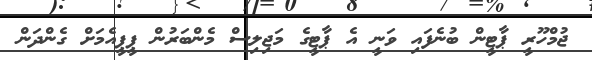
ޖުމްހޫރީ ޕާޓީން ބުނެފައި ވަނީ އެ ޕާޓީގެ މަޖިލިސް މެންބަރުން ޕީޕީއެމަށް ގެންދަން